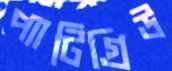
প্যাটিগ্রিউ